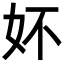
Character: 妚